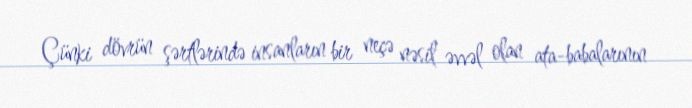
Çünki dövrün şərtlərində insanların bir neçə nəsil əvvəl olan ata-babalarının